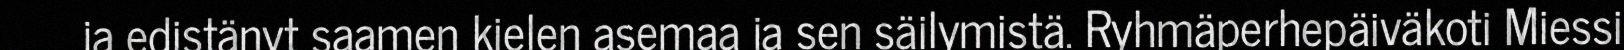
ja edistänyt saamen kielen asemaa ja sen säilymistä. Ryhmäperhepäiväkoti Miessi